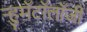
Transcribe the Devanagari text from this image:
ऱ्हुमॅटॉलॉजी